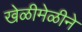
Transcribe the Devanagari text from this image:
खेळीमेळीने